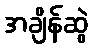
အချိန်ဆွဲ